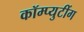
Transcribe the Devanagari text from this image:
कॉम्प्युटींग